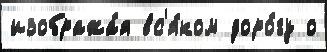
изобража́я вс'я́ком доро́гу о